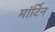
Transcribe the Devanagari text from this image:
मांर्टिन